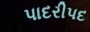
પાદરીપદ